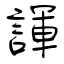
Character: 諢